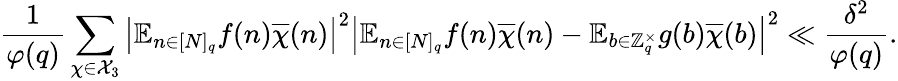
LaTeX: \frac{1}{\varphi(q)}\sum_{\chi\in\mathcal{X}_{3}}\left|\mathbb{E}_{n\in[N]_{q}}f(n)\overline{{\chi}}(n)\right|^{2}\left|\mathbb{E}_{n\in[N]_{q}}f(n)\overline{{\chi}}(n)-\mathbb{E}_{b\in\mathbb{Z}_{q}^{\times}}g(b)\overline{{\chi}}(b)\right|^{2}\ll\frac{\delta^{2}}{\varphi(q)}.